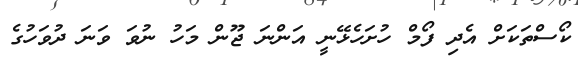
ކޯސްތަކަށް އެދި ފޯމް ހުށަހެޅޭނީ އަންނަ ޖޫން މަހު ނުވަ ވަނަ ދުވަހުގެ